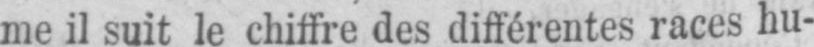
me il suit le chiffre des différentes races hu-